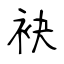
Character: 袂